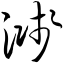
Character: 溅